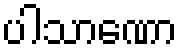
ပါသာဏော